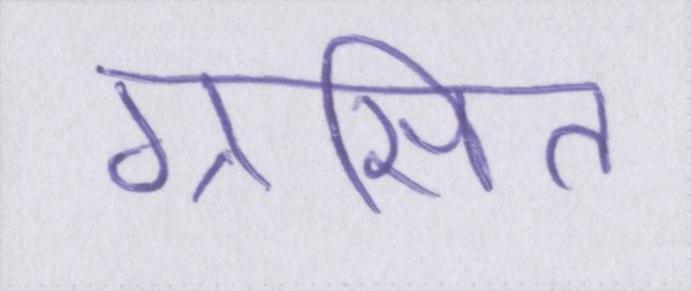
ग्रसित